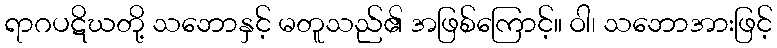
ရာဂပဋိဃတို့ သဘောနှင့် မတူသည်၏ အဖြစ်ကြောင့်။ ဝါ၊ သဘောအားဖြင့်